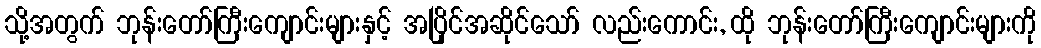
သို့အတွက် ဘုန်းတော်ကြီးကျောင်းများနှင့် အပြိုင်အဆိုင်သော် လည်းကောင်း, ထို ဘုန်းတော်ကြီးကျောင်းများကို